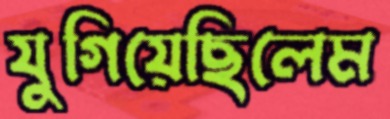
যুগিয়েছিলেম